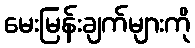
မေးမြန်းချက်များကို